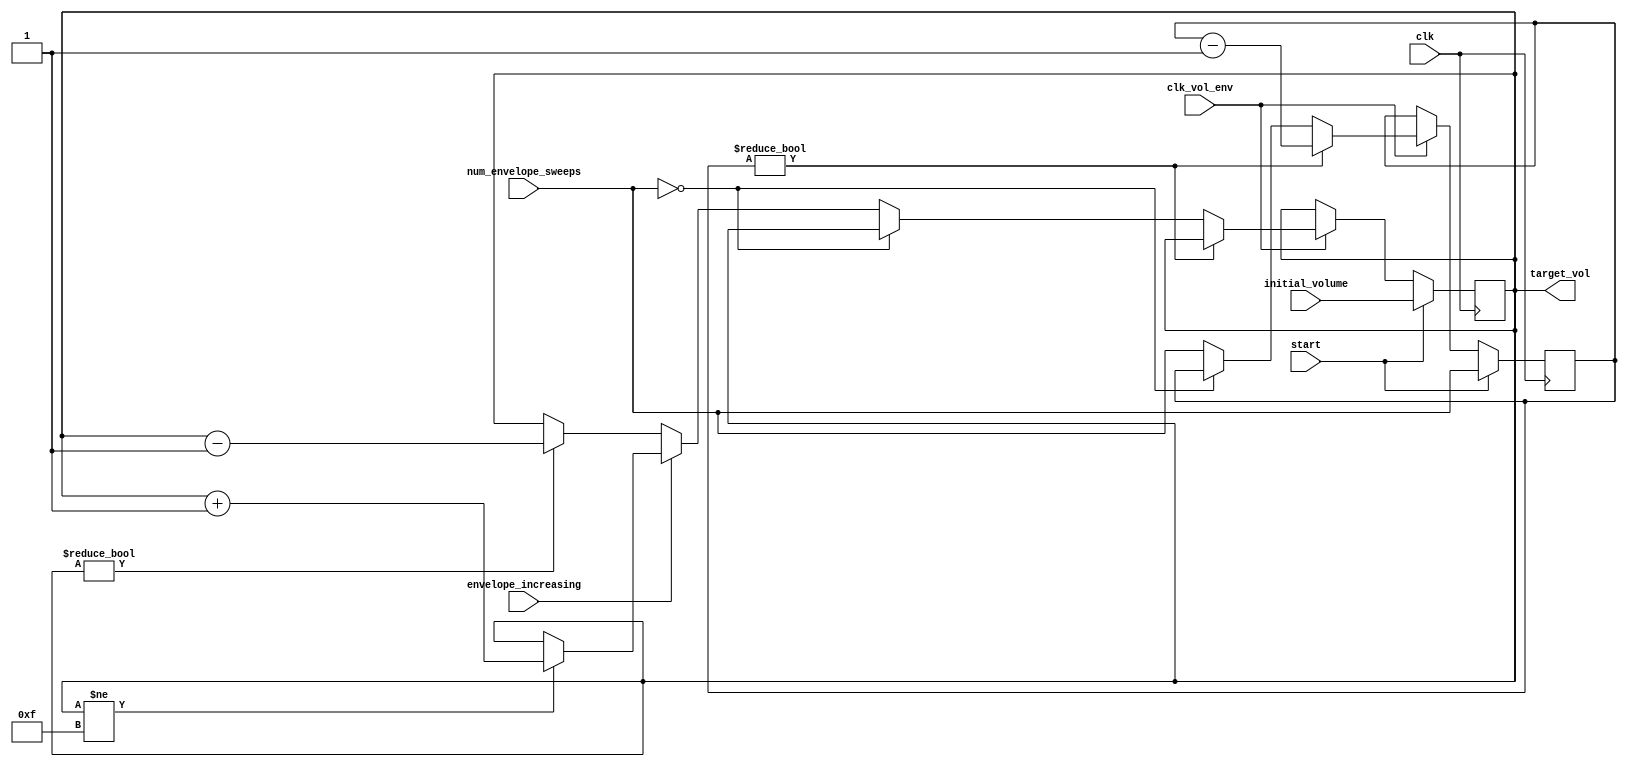
`timescale 1ns / 1ps
//////////////////////////////////////////////////////////////////////////////////
// Company: 
// 
// Module Name:    sound_vol_env 
// Project Name:   VerilogBoy
// Description: 
//   Sound volume envelope control for channel 1 2 4
// Dependencies: 
//   none
// Additional Comments: 
//
//////////////////////////////////////////////////////////////////////////////////
module sound_vol_env(
    input clk,
    input clk_vol_env,
    input start,
    input [3:0] initial_volume,
    input envelope_increasing,
    input [2:0] num_envelope_sweeps,
    output reg [3:0] target_vol
    );
    
    reg [2:0] enve_left; // Number of cycles before next sweep
    wire enve_enabled = (num_envelope_sweeps == 3'd0) ? 0 : 1;
    
    // Volume Envelope
    always @(posedge clk)
    begin
        if (start) begin
            target_vol <= initial_volume;
            enve_left <= num_envelope_sweeps;
        end
        else if (clk_vol_env) begin
            if (enve_left != 3'b0) begin
                enve_left <= enve_left - 1'b1;
            end
            else begin
                if (enve_enabled) begin
                    if (envelope_increasing) begin
                        if (target_vol != 4'b1111)
                            target_vol <= target_vol + 1;
                    end
                    else begin
                        if (target_vol != 4'b0000)
                            target_vol <= target_vol - 1;
                    end
                    enve_left <= num_envelope_sweeps;
                end
            end
        end
    end


endmodule